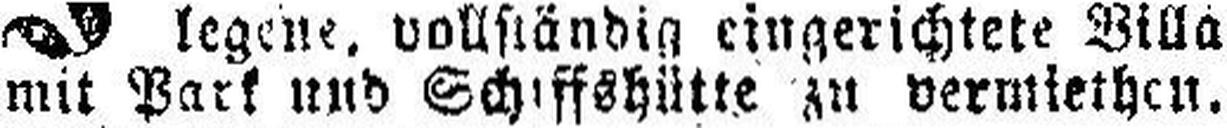
mit Park und Schiffshütte zu vermiethen